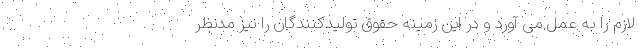
لازم را به عمل می آورد و در این زمینه حقوق تولیدکنندگان را نیز مدنظر